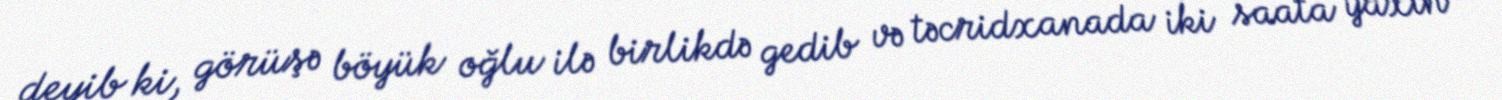
deyib ki, görüşə böyük oğlu ilə birlikdə gedib və təcridxanada iki saata yaxın